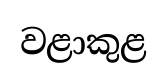
වළාකුළ